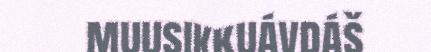
muusikkuávdáš